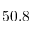
5 0 . 8